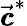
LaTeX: \vec{\pmb{c}}^{*}